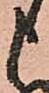
申